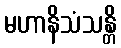
မဟာနိသံသန္တိ